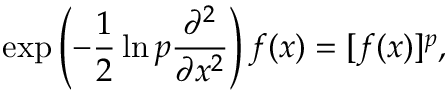
\exp \left( - \frac { 1 } { 2 } \ln p \frac { \partial ^ { 2 } } { \partial x ^ { 2 } } \right) f ( x ) = [ f ( x ) ] ^ { p } ,